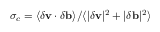
\sigma _ { c } = \langle \delta \mathbf { v } \cdot \delta \mathbf { b } \rangle / \langle | \delta \mathbf { v } | ^ { 2 } + | \delta \mathbf { b } | ^ { 2 } \rangle